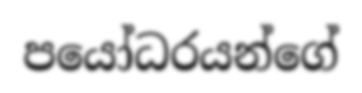
පයෝධරයන්ගේ